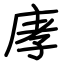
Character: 庨